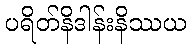
ပရိတ်နိဒါန်းနိဿယ